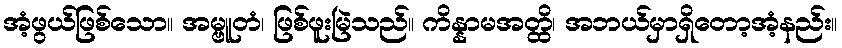
အံ့ဖွယ်ဖြစ်သော။ အမ္ဗူတံ၊ ဖြစ်ဖူးမြဲသည်။ ကိန္နာမအတ္ထိ၊ အဘယ်မှာရှိတော့အံ့နည်း။